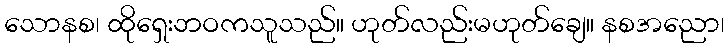
သောနစ၊ ထိုရှေးဘဝကသူသည်။ ဟုတ်လည်းမဟုတ်ချေ။ နစအညော၊